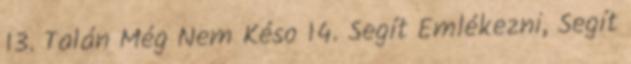
13. Talán Még Nem Késo 14. Segít Emlékezni, Segít